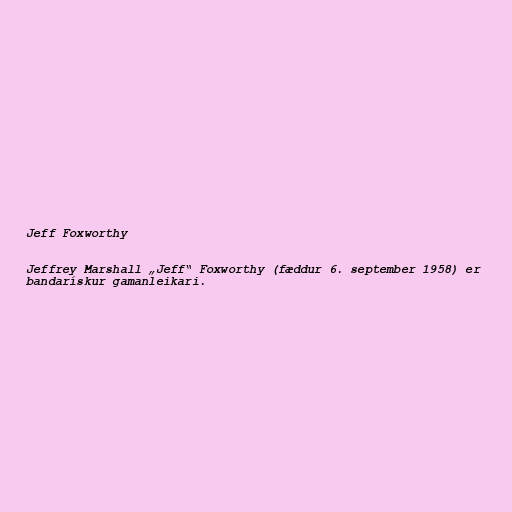
Jeff Foxworthy

Jeffrey Marshall „Jeff“ Foxworthy (fæddur 6. september 1958) er
bandarískur gamanleikari.